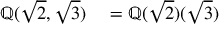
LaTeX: \begin{array} { r l } { \mathbb { Q } ( { \sqrt { 2 } } , { \sqrt { 3 } } ) } & { { } = \mathbb { Q } ( { \sqrt { 2 } } ) ( { \sqrt { 3 } } ) } \end{array}